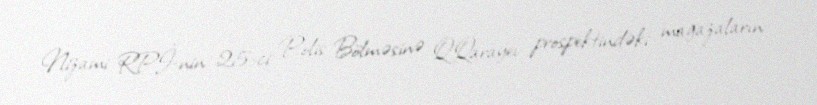
Nizami RPİ-nin 25-ci Polis Bölməsinə Q.Qarayev prospektindəki mağazaların